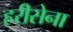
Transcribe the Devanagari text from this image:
हरीसेना